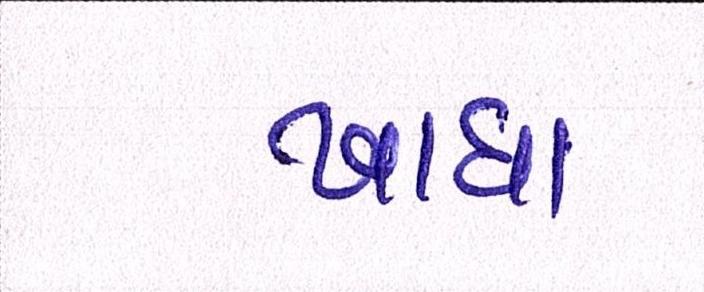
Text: ખાધા